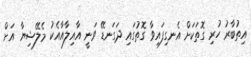
އިތުބާރު ހުރި ގޮތަކަށް އެނގިފައިވާ ގޮތުގައި ދަގަނޑޭ ވަނީ އާއިލާއާއެކު މެލޭޝިޔާ އަށް